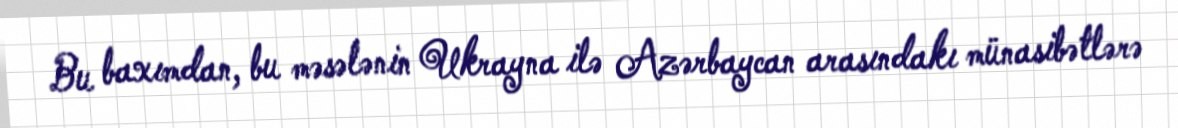
Bu baxımdan, bu məsələnin Ukrayna ilə Azərbaycan arasındakı münasibətlərə